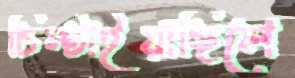
চিম্‌টাইয়াছিলে